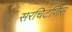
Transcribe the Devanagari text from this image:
सरचिटणिस